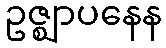
ဥဇ္ဈာပနေန